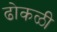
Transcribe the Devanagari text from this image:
ढोकळी